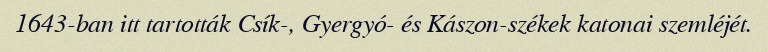
1643-ban itt tartották Csík-, Gyergyó- és Kászon-székek katonai szemléjét.